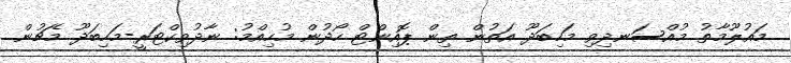
މައުލޫމާތު މުއްސަނދިވި މަހިބަދޫ އަތުން ތިން ޕޮއިންޓް ހޯދުން މުހިއްމު: ނާދުވިކްޓަރީ-މަހިބަދޫ މެޗުން